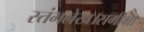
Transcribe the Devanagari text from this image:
स्तंभलेख।समीक्षा